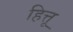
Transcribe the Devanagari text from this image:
हित्तू